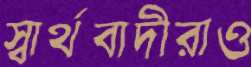
স্বার্থবাদীরাও